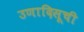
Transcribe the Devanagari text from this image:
उणादिसूची